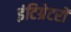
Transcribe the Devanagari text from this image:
इंटिग्रेटरों